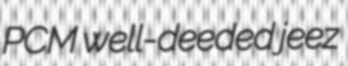
PCM well-deeded jeez